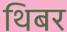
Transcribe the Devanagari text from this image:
थिबर